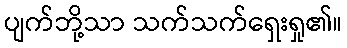
ပျက်ဘို့သာ သက်သက်ရှေးရှု၏။